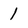
Character: 1